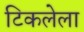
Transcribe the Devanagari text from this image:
टिकलेला